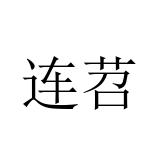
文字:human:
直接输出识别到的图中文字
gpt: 连苕